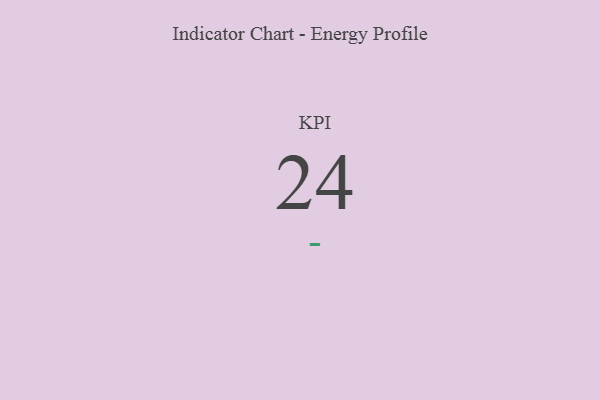
{"axis": {"x": "KPI", "y": "Value"}, "legend": [""], "data": [{"x": "KPI", "y": 24, "type": ""}]}